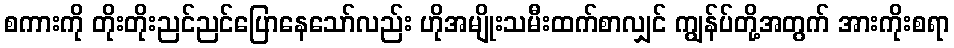
စကားကို တိုးတိုးညင်ညင်ပြောနေသော်လည်း ဟိုအမျိုးသမီးထက်စာလျှင် ကျွန်ပ်တို့အတွက် အားကိုးစရာ